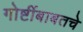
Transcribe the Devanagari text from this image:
गोष्टींबाबतचे